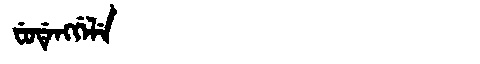
Manchu: ᠸᡠᡩᡝᠩᡤᡝᠯᡝ
Romanization: FUDENGGELE